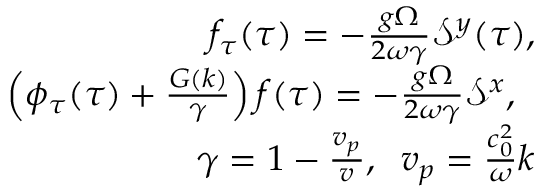
\begin{array} { r l r } & { } & { f _ { \tau } ( \tau ) = - \frac { g \Omega } { 2 \omega \gamma } \mathcal { S } ^ { y } ( \tau ) , } \\ & { } & { \left( \phi _ { \tau } ( \tau ) + \frac { G ( k ) } { \gamma } \right) f ( \tau ) = - \frac { g \Omega } { 2 \omega \gamma } \mathcal { S } ^ { x } , \; \; } \\ & { } & { \gamma = 1 - \frac { v _ { p } } { v } , \; \; v _ { p } = \frac { c _ { 0 } ^ { 2 } } { \omega } k } \end{array}